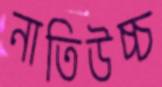
নাতিউচ্চ